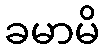
ခမာမိ